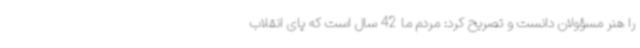
را هنر مسؤولان دانست و تصریح کرد: مردم ما 42 سال است که پای انقلاب